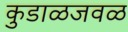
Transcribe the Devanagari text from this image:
कुडाळजवळ